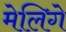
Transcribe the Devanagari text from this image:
मेलिगे